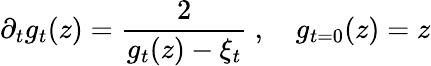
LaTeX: \partial_{t}g_{t}(z)=\frac{2}{g_{t}(z)-\xi_{t}}\ ,\quad g_{t=0}(z)=z